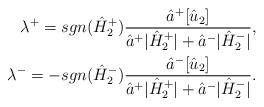
LaTeX: \begin{align*}\lambda^+= sgn(\hat H^+_2) \frac{\hat a^+ [\hat u_2]}{\hat a^+ |\hat H^+_2| + \hat a^- |\hat H^-_2|},\\\lambda^-=- sgn(\hat H^-_2) \frac{\hat a^- [\hat u_2]}{\hat a^+ |\hat H^+_2| + \hat a^- |\hat H^-_2|}.\end{align*}